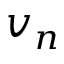
v _ { n }